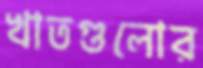
খাতগুলোর